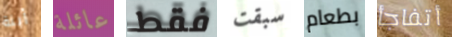
أبنة عائلة فقط سبقت بطعام أتفاجأ